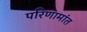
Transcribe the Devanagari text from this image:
परिणामांत